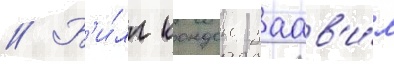
// Б'и́лл кондон заав'и́л